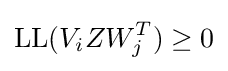
{\text{LL}}(V_{i}ZW_{j}^{T})\geq 0